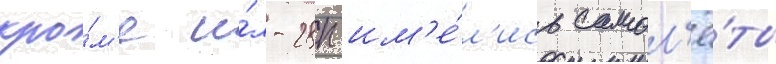
кро́м'е и́л-28п им'е́л'ись самол'ё́ты